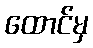
ထောင်မှ